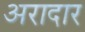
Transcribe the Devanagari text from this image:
अरादार